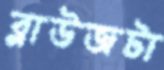
ব্লাউজটা